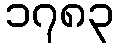
၁၇၈၃